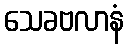
သေခဗလာနံ